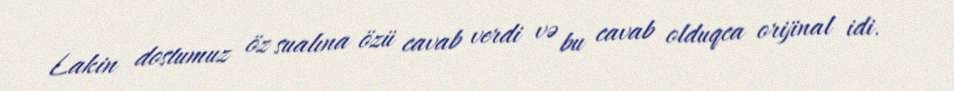
Lakin dostumuz öz sualına özü cavab verdi və bu cavab olduqca orijinal idi.